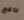
نافع